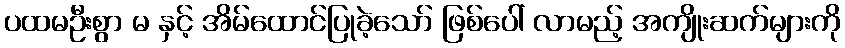
ပထမဦးစွာ မ နှင့် အိမ်ထောင်ပြုခဲ့သော် ဖြစ်ပေါ် လာမည့် အကျိုးဆက်များကို